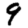
Digit: 9